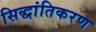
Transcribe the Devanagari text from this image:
सिद्धांतिकरण